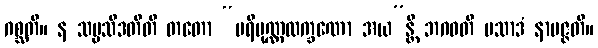
ဂစ္ဆတိ။ န သမ္ပသီဒတီတိ တတော “ပရိပုဏ္ဏလက္ခဏော အယ”န္တိ ဘဂဝတိ ပသာဒံ နာပဇ္ဇတိ။